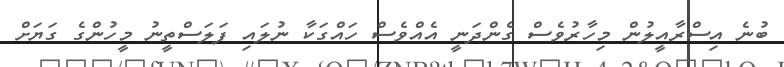
ބުނެ އިސްރާއީލުން މިހާރުވެސް ގެންދަނީ އެއްވެސް ހައްގަކާ ނުލައި ފަލަސްތީނު މީހުންގެ ގަޔަށް